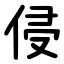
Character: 侵